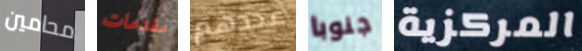
محامين مقدمات عددهم جنوبا المركزية